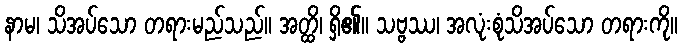
နာမ၊ သိအပ်သော တရားမည်သည်။ အတ္ထိ၊ ရှိ၏။ သဗ္ဗဿ၊ အလုံးစုံသိအပ်သော တရားကို။